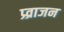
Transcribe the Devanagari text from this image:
प्र्व्राजन